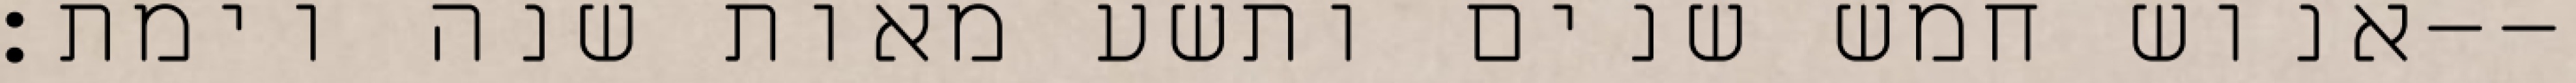
אנוש חמש שנים ותשע מאות שנה וימת׃--